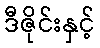
ဒီဇိုင်းနှင့်